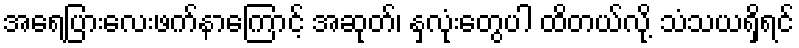
အရေပြားလေးဖက်နာကြောင့် အဆုတ်၊ နှလုံးတွေပါ ထိတယ်လို့ သံသယရှိရင်